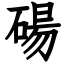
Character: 碭